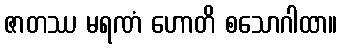
ဇာတဿ မရဏံ ဟောတိ စသောဂါထာ။